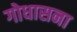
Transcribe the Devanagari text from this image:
गोधासना